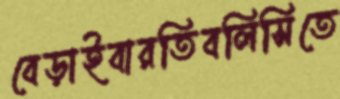
বেড়াইবারতিবলিসিতে